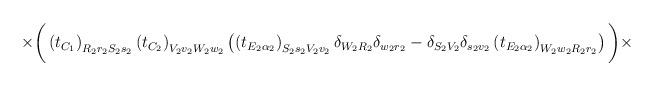
LaTeX: \begin{align*}\times\bigg(\left(t_{C_1}\right)_{R_2r_2S_2s_2}\left(t_{C_2}\right)_{V_2v_2W_2w_2}\left(\left(t_{E_2\alpha_2}\right)_{S_2s_2V_2v_2}\delta_{W_2R_2}\delta_{w_2r_2}-\delta_{S_2V_2}\delta_{s_2v_2}\left(t_{E_2\alpha_2}\right)_{W_2w_2R_2r_2}\right)\bigg)\times\end{align*}